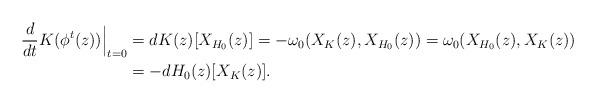
LaTeX: \begin{align*}\frac{d}{dt} K(\phi^t(z)) \Big|_{t=0} &= dK(z)[X_{H_0}(z)] = -\omega_0(X_K(z), X_{H_0}(z)) = \omega_0(X_{H_0}(z), X_K(z)) \\ &= -dH_0(z)[X_K(z)] .\end{align*}